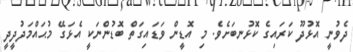
ދެވުނީ އޮޅުދޫ ކަރައިގެ ކޮޅުނބަށެވެ. މި އޮޑީން ވަޑައިގަތް ބޮޑުންނަކީ އެޅަގޭ މުޙައްމަދުދީދީ